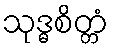
သုဒ္ဓစိတ္တံ